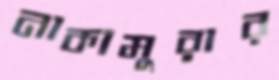
নাকামুরার